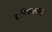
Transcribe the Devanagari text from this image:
हरियालसह